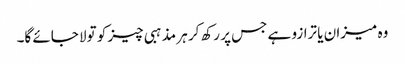
وہ میزان یا ترازو ہے جس پر رکھ کر ہر مذہبی چیز کو تولا جائے گا۔